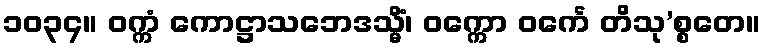
၁၀၃၄။ ဝက္ကံ ကောဋ္ဌာသဘေဒသ္မိံ၊ ဝက္ကော ဝင်္ကေ တိသု’စ္စတေ။